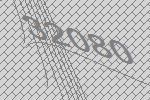
32080